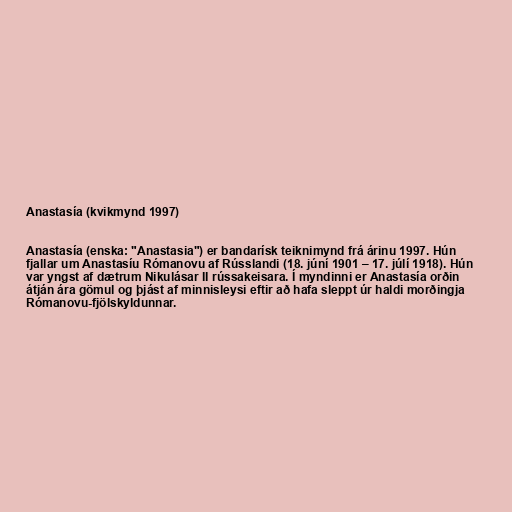
Anastasía (kvikmynd 1997)

Anastasía (enska: "Anastasia") er bandarísk teiknimynd frá árinu 1997. Hún
fjallar um Anastasíu Rómanovu af Rússlandi (18. júní 1901 – 17. júlí 1918). Hún
var yngst af dætrum Nikulásar II rússakeisara. Í myndinni er Anastasía orðin
átján ára gömul og þjást af minnisleysi eftir að hafa sleppt úr haldi morðingja
Rómanovu-fjölskyldunnar.